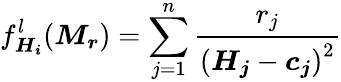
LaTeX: f_{\boldsymbol{H_{i}}}^{l}(\boldsymbol{M_{r}})=\sum_{j=1}^{n}\frac{{r_{j}}}{\left(\boldsymbol{H_{j}}-\boldsymbol{{c}_{j}}\right)^{2}}